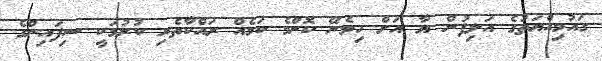
ގައުމިއްޔަތުގެ އަލިފުން ޔާ އަށް ހިމެނޭ ކޮންމެ ކަމެއް ރައްކާތެރި ކުރުމަކީ ސިފައިންގެ